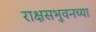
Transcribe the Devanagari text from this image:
राक्षसभुवनच्या